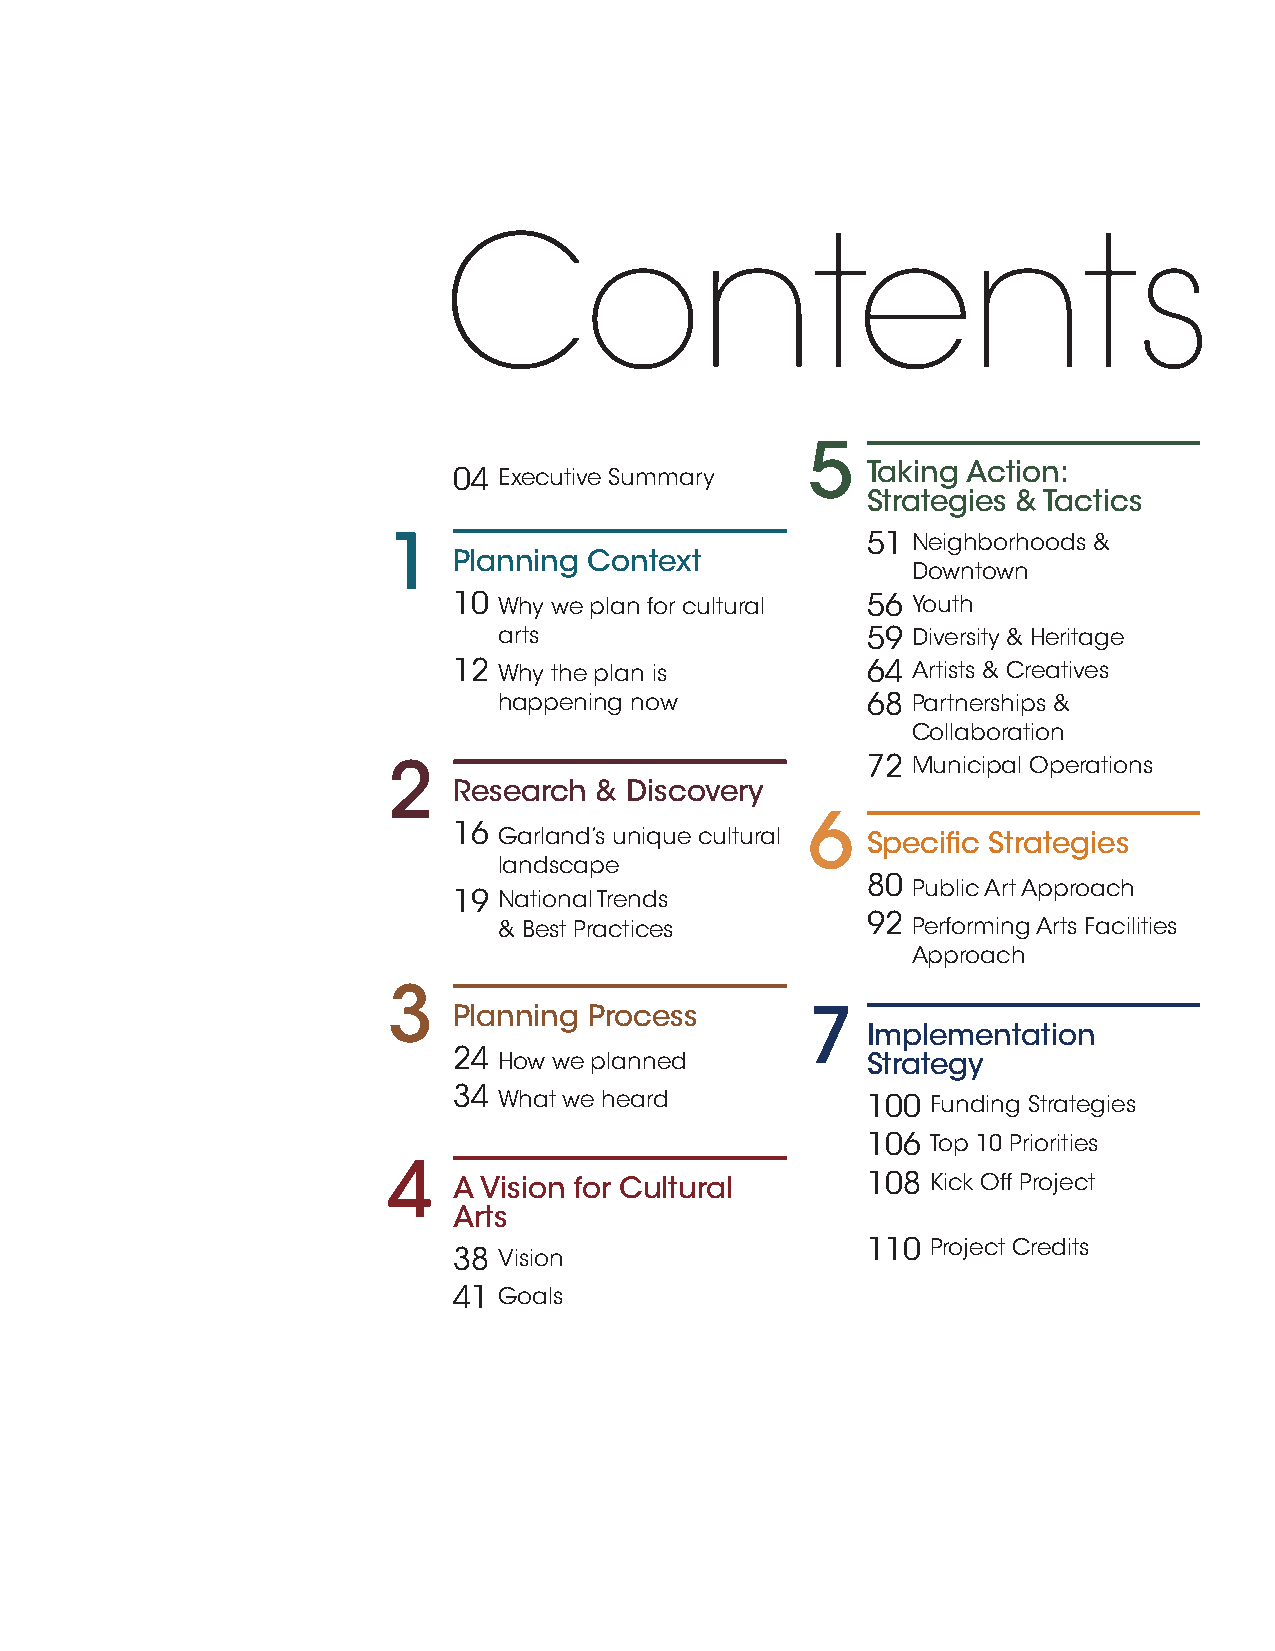
Contents
 5
 04 Executive Summary       Taking Action:
 Strategies & Tactics
 1                              51 Neighborhoods &
 Planning Context
 Downtown
 10 Why we plan for cultural 56 Youth
 arts                    59 Diversity & Heritage
 12 Why the plan is         64 Artists & Creatives
 happening now           68 Partnerships &
 Collaboration
 2                              72 Municipal Operations
 Research & Discovery
 6
 16 Garland’s unique cultural Specific Strategies
 landscape
 80 Public Art Approach
 19 National Trends
 & Best Practices        92 Performing Arts Facilities
 Approach
 3
 Planning Process        7
 Implementation
 24 How we planned          Strategy
 34 What we heard           100  Funding Strategies
 106  Top 10 Priorities
 4
 A Vision for Cultural      108  Kick Off Project
 Arts
 110  Project Credits
 38 Vision
 41 Goals